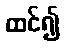
ထင်၍